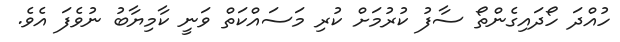
ހުއްދަ ހޯދައިގެންތޯ ސާފު ކުރުމަށް ކުރި މަސައްކަތް ވަނީ ކާމިޔާބު ނުވެފަ އެވެ.